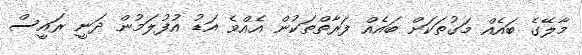
މާލޭގެ ބައެއް މަގުތަކަށް ބައެއް ފަރާތްތަކުން އެއްވެ އަޑު އުފުލަމުން ދަނީ ރައީސް